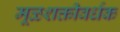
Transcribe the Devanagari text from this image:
मूळशक्तीवर्धक